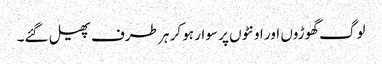
لوگ گھوڑوں اور اونٹوں پر سوار ہو کر ہر طرف پھیل گئے۔